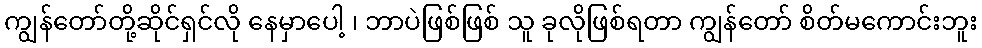
ကျွန်တော်တို့ဆိုင်ရှင်လို နေမှာပေါ့ ၊ ဘာပဲဖြစ်ဖြစ် သူ ခုလိုဖြစ်ရတာ ကျွန်တော် စိတ်မကောင်းဘူး